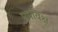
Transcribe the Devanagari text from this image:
पर्यावेक्ष